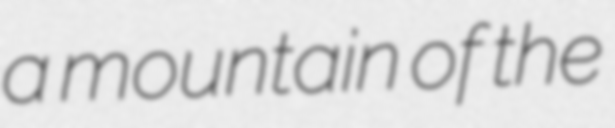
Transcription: a mountain of the